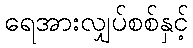
ရေအားလျှပ်စစ်နှင့်